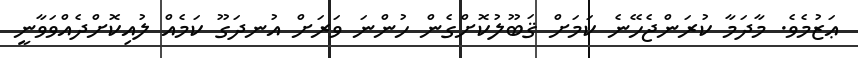
ޢަޒުމެވެ. މާދަމާ ކުރަންޖެހޭނެ ކަމަށް ޤަބޫލުކޮށްގެން ހުންނަ ވަރަށް އުނދަގޫ ކަމެއް ލުއިކޮށްދެއްވަވާނީ